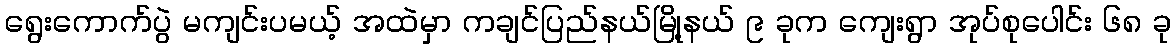
ရွေးကောက်ပွဲ မကျင်းပမယ့် အထဲမှာ ကချင်ပြည်နယ်မြို့နယ် ၉ ခုက ကျေးရွာ အုပ်စုပေါင်း ၆၈ ခု